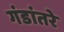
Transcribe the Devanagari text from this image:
गंडांतरे